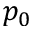
p _ { 0 }